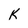
Character: K